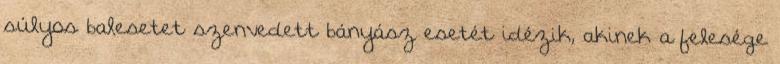
súlyos balesetet szenvedett bányász esetét idézik, akinek a felesége